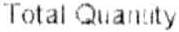
TOTAL QUANTITY